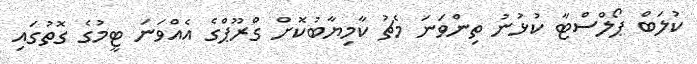
ކުލަބް ޕޯލްސްޓާ ކުޅުނު ތިންވަނަ މެޗު ކާމިޔާބުކޮށް ގްރޫޕްގެ އެއްވަނަ ޓީމުގެ ގޮތުގައި